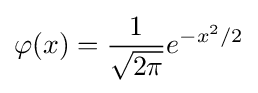
\varphi (x)={1 \over {\sqrt {2\pi }}}e^{-x^{2}/2}